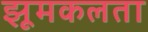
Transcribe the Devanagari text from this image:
झूमकलता